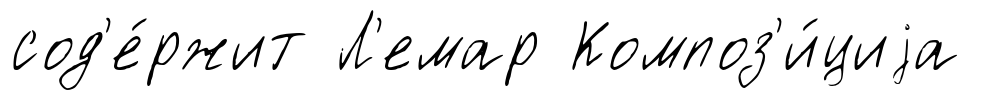
сод'е́ржит Л'емар Композ'и́циjа